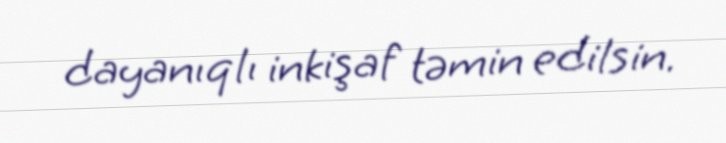
dayanıqlı inkişaf təmin edilsin.